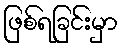
ဖြစ်ရခြင်းမှာ